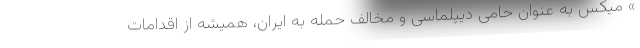
» میکس به عنوان حامی دیپلماسی و مخالف حمله به ایران، همیشه از اقدامات